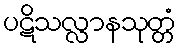
ပဋိသလ္လာနသုတ္တံ